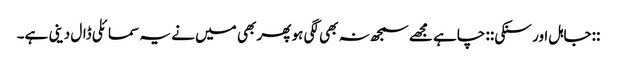
::جاہل اور سنکی:: چاہے مجھے سمجھ نہ بھی لگی ہو پھر بھی میں نے یہ سمائلی ڈال دینی ہے۔